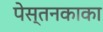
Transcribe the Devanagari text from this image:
पेस्तनकाका